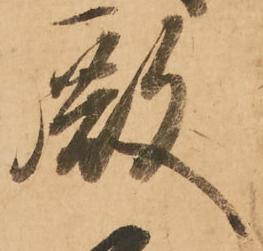
殿